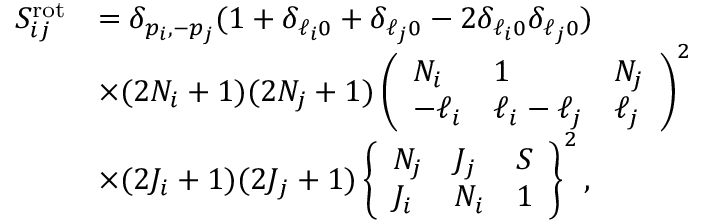
\begin{array} { r l } { S _ { i j } ^ { \mathrm { r o t } } } & { = \delta _ { p _ { i } , - p _ { j } } ( 1 + \delta _ { \ell _ { i } 0 } + \delta _ { \ell _ { j } 0 } - 2 \delta _ { \ell _ { i } 0 } \delta _ { \ell _ { j } 0 } ) } \\ & { \times ( 2 N _ { i } + 1 ) ( 2 N _ { j } + 1 ) \left( \begin{array} { l l l } { N _ { i } } & { 1 } & { N _ { j } } \\ { - \ell _ { i } } & { \ell _ { i } - \ell _ { j } } & { \ell _ { j } } \end{array} \right) ^ { 2 } } \\ & { \times ( 2 J _ { i } + 1 ) ( 2 J _ { j } + 1 ) \left\{ \begin{array} { l l l } { N _ { j } } & { J _ { j } } & { S } \\ { J _ { i } } & { N _ { i } } & { 1 } \end{array} \right\} ^ { 2 } , } \end{array}